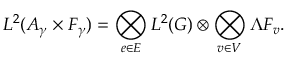
L ^ { 2 } ( { \cal A } _ { \gamma } \times { \cal F } _ { \gamma } ) = \bigotimes _ { e \in E } L ^ { 2 } ( G ) \otimes \bigotimes _ { v \in V } \Lambda F _ { v } .